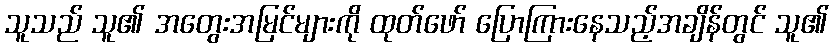
သူသည် သူ၏ အတွေးအမြင်များကို ထုတ်ဖော် ပြောကြားနေသည့်အချိန်တွင် သူ၏